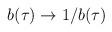
LaTeX: \begin{align*}b(\tau)\rightarrow 1/b(\tau)\end{align*}